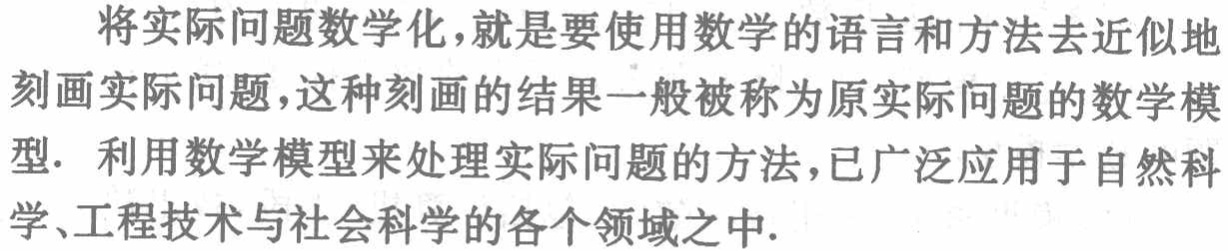
将实际问题数学化，就是要使用数学的语言和方法去近似地刻画实际问题，这种刻画的结果一般被称为原实际问题的数学模型. 利用数学模型来处理实际问题的方法，已广泛应用于自然科学、工程技术与社会科学的各个领域之中.